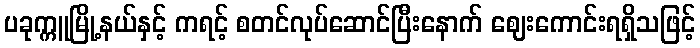
ပခုက္ကူမြို့နယ်နှင့် ကရင့် စတင်လုပ်ဆောင်ပြီးနောက် ဈေးကောင်းရရှိသဖြင့်